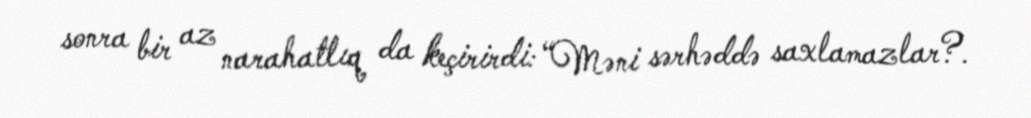
sonra bir az narahatlıq da keçirirdi: “Məni sərhəddə saxlamazlar?.